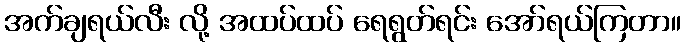
အက်ချရယ်လီး လို့ အထပ်ထပ် ရေရွတ်ရင်း အော်ရယ်ကြတာ။